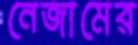
নেজামের